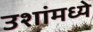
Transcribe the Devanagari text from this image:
उशांमध्ये